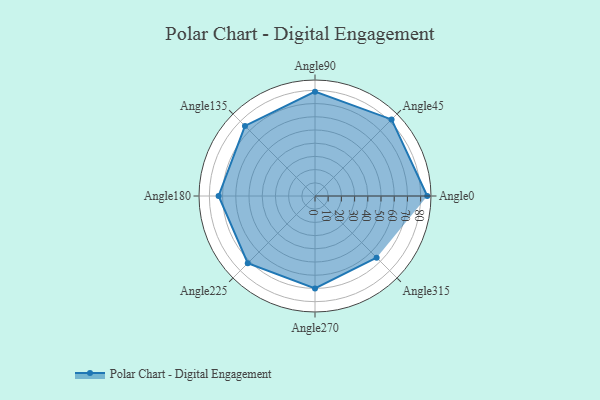
{"axis": {"x": "Angle", "y": "Radius"}, "legend": [""], "data": [{"x": "Angle0", "y": 85.0, "type": ""}, {"x": "Angle45", "y": 82.0, "type": ""}, {"x": "Angle90", "y": 79.0, "type": ""}, {"x": "Angle135", "y": 75.0, "type": ""}, {"x": "Angle180", "y": 73.0, "type": ""}, {"x": "Angle225", "y": 72.0, "type": ""}, {"x": "Angle270", "y": 70.0, "type": ""}, {"x": "Angle315", "y": 66.0, "type": ""}]}